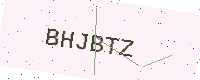
Text: BHJBTZ